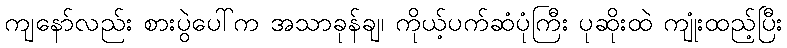
ကျနော်လည်း စားပွဲပေါ်က အသာခုန်ချ၊ ကိုယ့်ပက်ဆံပုံကြီး ပုဆိုးထဲ ကျုံးထည့်ပြီး